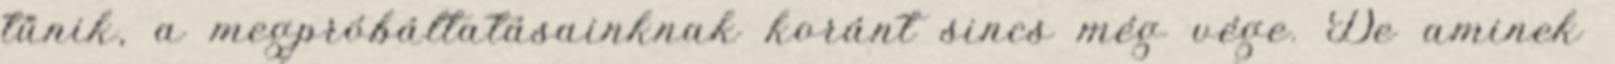
tűnik, a megpróbáltatásainknak koránt sincs még vége. De aminek